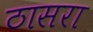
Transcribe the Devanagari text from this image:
ठासरा